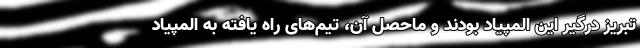
تبریز درگیر این المپیاد بودند و ماحصل آن، تیم‌های راه یافته به المپیاد